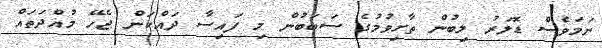
ނަމަވެސް ޑޮލަރު ލިބުން ތާށިވުމުގެ ސަބަބުން މި ފައިސާ ދައްކަން ޖެހޭ މުއްދަތައް